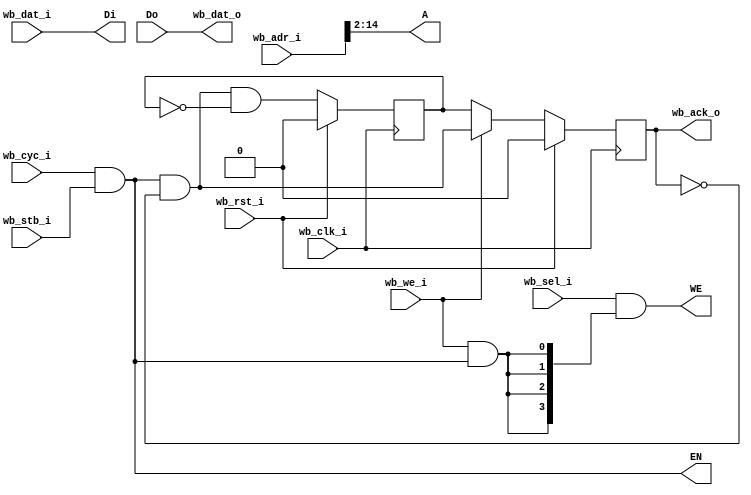
module Caravel_RAM_24KB_wb (
    // Wishbone Interface
    input wb_clk_i,
    input wb_rst_i,

    input [31:0] wb_adr_i,
    input [31:0] wb_dat_i,
    input [3:0] wb_sel_i,
    input wb_we_i,
    input wb_cyc_i,
    input wb_stb_i,

    output wb_ack_o,
    output [31:0] wb_dat_o,

    // Memory Interface
    output  [3:0]  WE,
    output         EN,
    output  [31:0]  Di,
    input   [31:0]  Do,
    output   [12:0]   A
);

    wire valid;
    wire ram_wen;
    wire [3:0] wen; // write enable

    assign valid = wb_cyc_i & wb_stb_i;
    assign ram_wen = wb_we_i && valid;

    assign wen = wb_sel_i & {4{ram_wen}} ;

    /*
        Ack Generation
            - write transaction: asserted upon receiving adr_i & dat_i 
            - read transaction : asserted one clock cycle after receiving the adr_i & dat_i
    */ 

    reg wb_ack_read;
    reg wb_ack_o;

    always @(posedge wb_clk_i) begin
        if (wb_rst_i == 1'b 1) begin
            wb_ack_read <= 1'b0;
            wb_ack_o <= 1'b0;
        end else begin
            wb_ack_o    <= wb_we_i? (valid & !wb_ack_o): wb_ack_read;
            wb_ack_read <= (valid & !wb_ack_o) & !wb_ack_read;
        end
    end

    assign wb_dat_o = Do;

    // Memory Interface

    assign WE = wen;
    assign EN = valid;
    assign Di = wb_dat_i;
    assign A = wb_adr_i[14:2];

endmodule